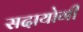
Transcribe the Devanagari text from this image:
सदायोगी